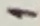
Text: 1